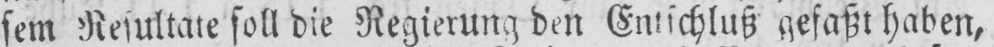
sem Resultate soll die Regierung den Entschluß gefaßt haben,